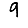
Digit: 9